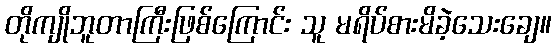
တိုကျိုဘူတာကြီးဖြစ်ကြောင်း သူ မရိပ်စားမိခဲ့သေးချေ။